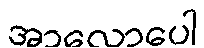
အာလောပေါ